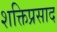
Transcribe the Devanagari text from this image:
शक्तिप्रसाद